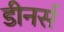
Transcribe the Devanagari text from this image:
डीनर्स